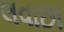
લવાછા